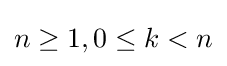
n\geq 1,0\leq k<n